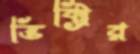
ভিক্ট্রির